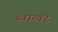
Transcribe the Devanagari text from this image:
खाखरे